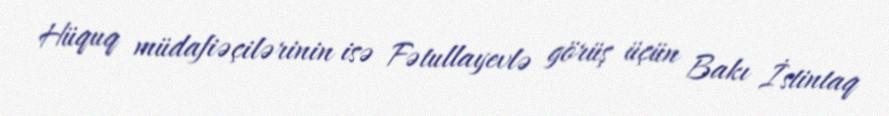
Hüquq müdafiəçilərinin isə Fətullayevlə görüş üçün Bakı İstintaq